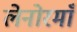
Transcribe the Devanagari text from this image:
लेनोरमाँ